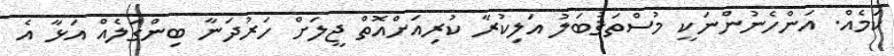
ކަމެއް. އަންހެނުންނަކީ މުސްތަޤުބަލު އަލިކުރާ ކުރިއަށްއޮތް ޖީލަށް ހަރުދަނާ ބިންގަލެއް އަޅާ އެ